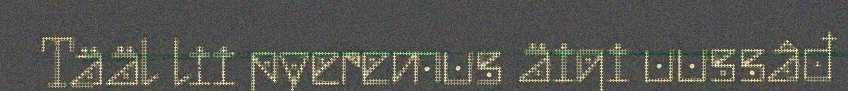
Tääl lii pyeremus äigi uussâđ